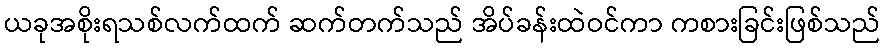
ယခုအစိုးရသစ်လက်ထက် ဆက်တက်သည် အိပ်ခန်းထဲဝင်ကာ ကစားခြင်းဖြစ်သည်